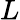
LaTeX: \textit{L}